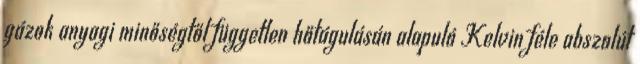
gázok anyagi minőségtől független hőtágulásán alapuló Kelvin féle abszolút